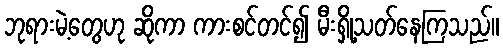
ဘုရားမဲ့တွေဟု ဆိုကာ ကားစင်တင်၍ မီးရှို့သတ်နေကြသည်။